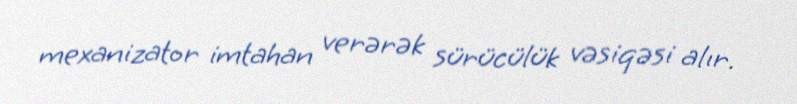
mexanizator imtahan verərək sürücülük vəsiqəsi alır.